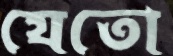
যেতো